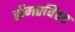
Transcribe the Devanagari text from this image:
होंगरविंटर